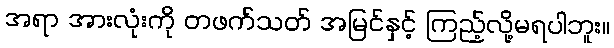
အရာ အားလုံးကို တဖက်သတ် အမြင်နှင့် ကြည့်လို့မရပါဘူး။